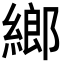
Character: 𦂧